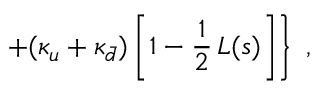
\left. + ( \kappa _ { u } + \kappa _ { \bar { d } } ) \left[ 1 - \frac { 1 } { 2 } \, L ( s ) \right] \right\} \; ,